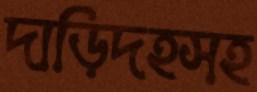
দাড়িদহসহ